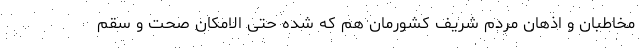
مخاطبان و اذهان مردم شریف کشورمان هم که شده حتی الامکان صحت و سقم